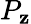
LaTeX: P_{\mathbf{z}}